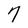
Character: 7